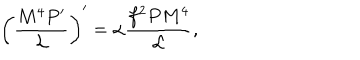
\left( \frac { M ^ { 4 } P ^ { \prime } } { { \cal L } } \right) ^ { \prime } = \alpha \frac { f ^ { 2 } P M ^ { 4 } } { \cal L } ,